Annual report of the Punjab Veterinary College and of the Civil Veterinary Department, Punjab - 1926-1932
Year: 1926
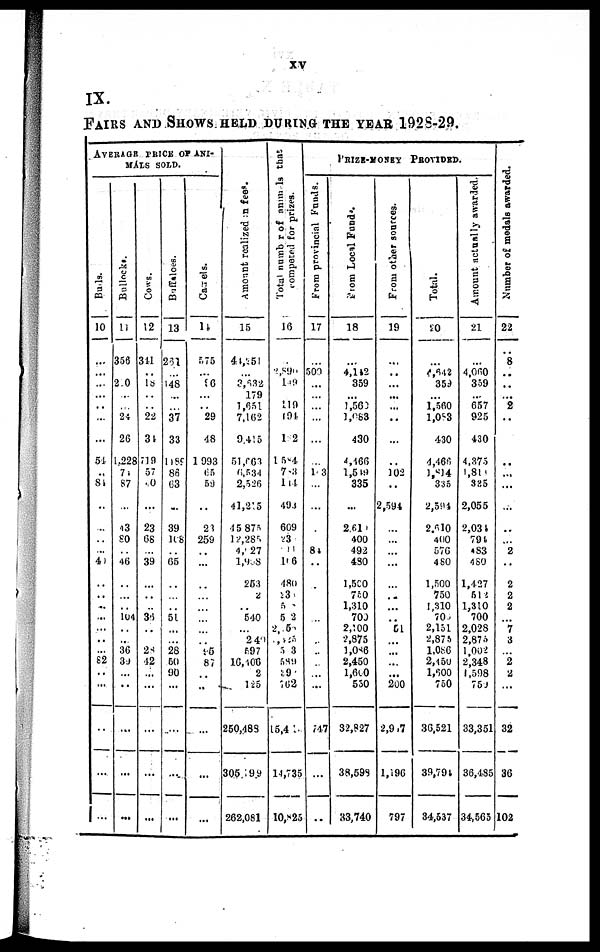
xv
IX.
FAIRS AND SHOWS HELD DURING THE YEAR 1928-29.
AVERAGE PRICE OF ANI-
MALS SOLD
Bulls.
10
...
...
...
...
...
...
...
51
..
84
..
...
...
...
40
..
..
..
...
...
..
..
82
...
...
..
...
...
Bullocks.
11
356
...
2 0
...
...
24
26
1,228
74
87
...
43
80
...
46
..
...
..
104
..
..
36
39
...
..
...
...
...
Cows.
12
311
...
18
...
...
22
34
719
57
0
...
23
68
...
39
...
..
...
36
..
...
28
42
...
...
...
...
...
Buffaloes.
13
261
...
148
...
...
37
33
1,189
86
63
...
39
108
...
65
...
...
..
51
...
...
28
50
90
...
...
...
...
Camels.
14
575
...
96
…
…
29
48
1993
65
59
..
28
259
..
...
..
...
...
...
...
...
95
87
..
..
...
...
...
Amount realized in fees.
15
44,251
...
3,632
179
1,651
7,162
9,415
51,663
6,534
2,526
41,215
45,875
12,286
4, 27
1,9 8
253
2
..
540
…
2 40
597
16,406
2
125
250,488
305,599
262,081
Total
number
of animals that
competed for prizes.
16
…
2,890
149
…
119
194
1 2
1 5 4
7 3
1 4
493
609
23
11
1 6
480
23
5
5 2
2,5
725
5 3
589
39
762
15,4
14,735
10,825
PRIZE-MONEY PROVIDED.
From provincial Funds.
17
…
500
...
…
…
…
…
…
1 3
…
…
…
…
84
...
…
…
…
…
…
…
…
…
…
...
747
...
..
From
Local Funds.
18
…
4,142
359
...
1,560
1,083
430
4,466
1,549
335
...
2,61
400
492
480
1,500
750
1,310
700
2,100
2,875
1,086
2,450
l,600
550
32,827
38,598
33,740
From other sources.
19
…
. ..
...
...
...
...
...
102
..
2,594
...
...
…
..
...
..
51
...
...
...
...
200
2,9 7
1,196
797
Total.
20
…
4,642
359
…
1,560
1,083
430
4,466
1,814
335
2,594
2,610
400
576
480
1,500
750
1,310
700
2,151
2,875
1,086
2,450
1,600
750
36,521
39,794
34,537
Amount actually awarded.
21
…
4,060
359
...
657
925
430
4,375
1,814
335
2,055
2,034
794
483
480
1,427
512
1,310
700
2,028
2,875
1,002
2,348
1,598
750
33,351
36,485
34,565
Number of medals awarded.
22
8
...
...
...
2
...
...
...
...
...
...
...
...
2
..
2
2
2
...
7
3
...
2
2
...
32
36
102